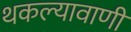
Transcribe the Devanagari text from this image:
थकल्यावाणी